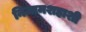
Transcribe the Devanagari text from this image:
निजामशहाशी